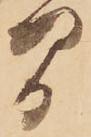
間